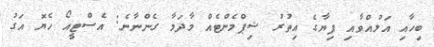
ބިހާއި އަލުއްވާއި ފިޔާގެ އިތުރު ޝިޕްމެންޓެއް މާދަމާ ގެންނާނެ: އެސްޓީއޯ ހެޔޮ އަގު